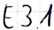
Text: E3.1